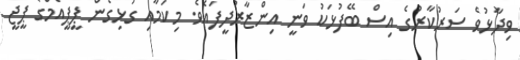
ވިދާޅުވެ ސަރުކާރުގެ އިސް ބޭފުޅަކު ވަނީ އިންޒާރުދީފައެވެ. މިކަމާއި ގުޅިގެން ޕީޕީއެމްގެ ޕީޖީ